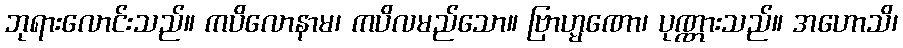
ဘုရားလောင်းသည်။ ကပိလောနာမ၊ ကပိလမည်သော။ ဗြာဟ္မဏော၊ ပုဏ္ဏားသည်။ အဟောသိ၊